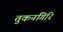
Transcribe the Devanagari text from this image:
तुकनगिरि